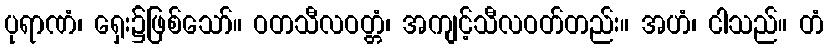
ပုရာဏံ၊ ရှေး၌ဖြစ်သော်။ ဝတသီလဝတ္တံ၊ အကျင့်သီလဝတ်တည်း။ အဟံ၊ ငါသည်။ တံ